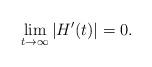
LaTeX: \begin{align*}\lim_{t\to\infty}|H'(t)|=0.\end{align*}